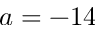
a = - 1 4